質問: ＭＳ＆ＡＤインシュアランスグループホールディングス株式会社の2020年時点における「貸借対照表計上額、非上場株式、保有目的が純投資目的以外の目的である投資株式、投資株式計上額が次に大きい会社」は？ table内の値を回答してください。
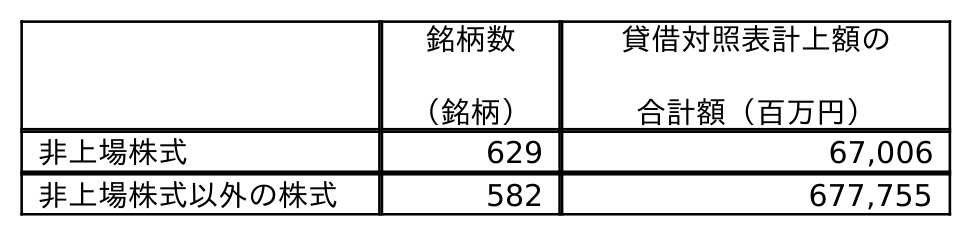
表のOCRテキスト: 銘柄数 （銘柄） 貸借対照表計上額の 合計額（百万円） 非上場株式 629 67,006 非上場株式以外の株式 582 677,755
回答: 67,006